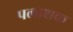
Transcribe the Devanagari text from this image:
पलाशक